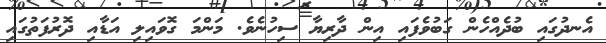
އެނދުގައި ބުދެއްހެން ގަބުވެފައި އިން ދާރިޔާ ސިހުނެވެ. މަންމަ ގޮވައިލި އަޑާއި ދޮރުފަތުގައި